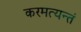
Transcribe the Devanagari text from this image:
करमत्यन्तं